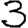
Digit: 3